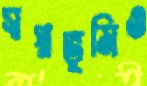
স্বপ্নভূমিও